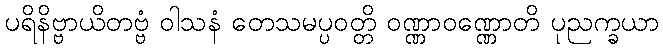
ပရိနိဗ္ဗာယိတဗ္ဗံ ဝါသနံ တေသမပ္ပဝတ္တိ ဝဏ္ဏာဝဏ္ဏောတိ ပုညက္ခယာ